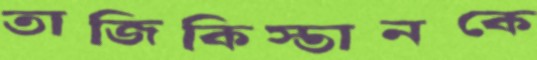
তাজিকিস্তানকে